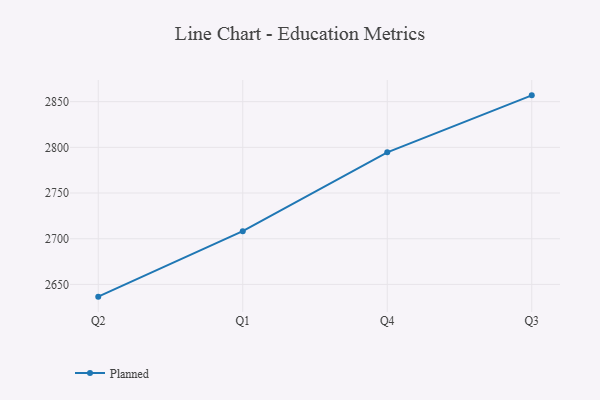
{"axis": {"x": "Quarter", "y": "Population (Million)"}, "legend": ["Planned"], "data": [{"x": "Q2", "y": 2636.6, "type": "Planned"}, {"x": "Q1", "y": 2708.3, "type": "Planned"}, {"x": "Q4", "y": 2794.5, "type": "Planned"}, {"x": "Q3", "y": 2856.9, "type": "Planned"}]}